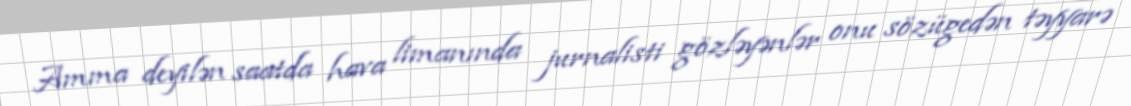
Amma deyilən saatda hava limanında jurnalisti gözləyənlər onu sözügedən təyyarə